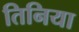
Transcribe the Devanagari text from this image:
तिनिया